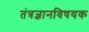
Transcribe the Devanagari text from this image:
तंत्रज्ञानविषयक